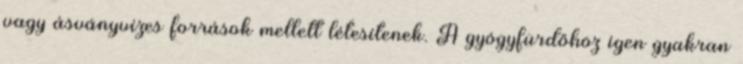
vagy ásványvizes források mellett létesítenek. A gyógyfürdőhöz igen gyakran